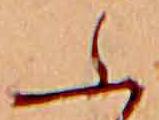
ふ